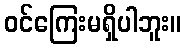
ဝင်ကြေးမရှိပါဘူး။